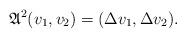
LaTeX: \begin{align*}\mathfrak{A}^2(v_1,v_2)=(\Delta v_1,\Delta v_2).\end{align*}